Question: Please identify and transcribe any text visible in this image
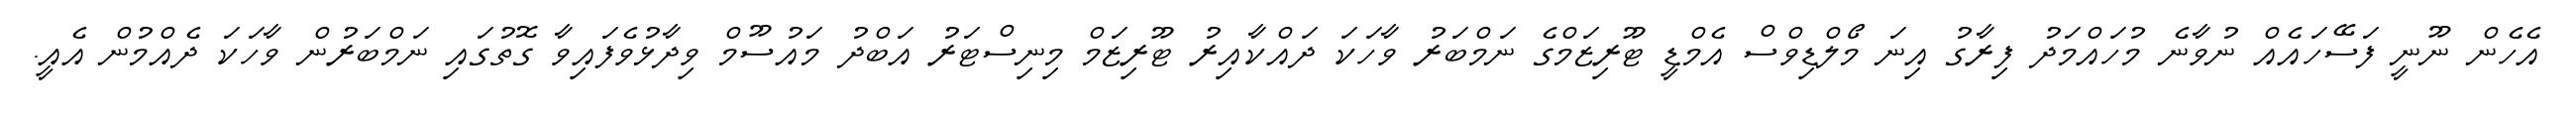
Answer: އެހެން ނޫނީ ފަސޭހައެއް ނުވާނެ މުހައްމަދު ފިރާގު އިނަ މޯލްޑިވްސް އެމްޑީ ޓޫރިޒަމްގެ ނަމްބަރު ވާހަކަ ދައްކާއިރު ޓޫރިޒަމް މިނިސްޓަރު އަބްދު މައުސޫމް ވިދާޅުވެފައިވާ ގޮތުގައި ނަމްބަރުން ވާހަކަ ދެއްމުން އެއީ.